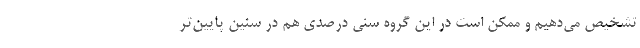
تشخیص می‌دهیم و ممکن است در این گروه سنی درصدی هم در سنین پایین‌تر